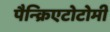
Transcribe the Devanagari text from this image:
पैन्क्रिएटोटोमी